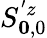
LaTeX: S_{\boldsymbol{0},0}^{'z}